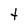
Character: t